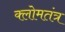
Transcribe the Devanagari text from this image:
क्लोमतंत्र